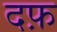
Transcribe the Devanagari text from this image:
दफ़